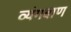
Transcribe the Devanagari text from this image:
व्यंगबाण